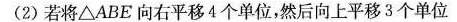
(2) 若将△ABE向右平移4个单位，然后向上平移3个单位